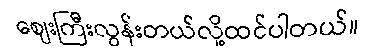
ဈေးကြီးလွန်းတယ်လို့ထင်ပါတယ်။